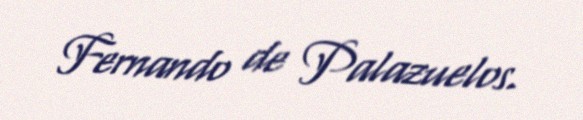
Fernando de Palazuelos.